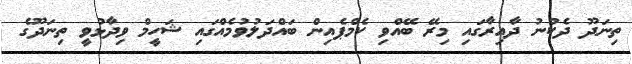
ތިނަދޫ ދެކުނު ދާއިރާގައި މިރޭ ބޭއްވި ކެމްޕެއިން ބައްދަލުވުމެއްގައި ޝަހީމް ވިދާޅުވީ ތިނަދޫގެ